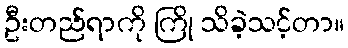
ဦးတည်ရာကို ကြို သိခဲ့သင့်တာ။